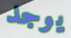
يوجد